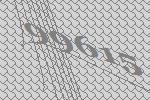
99615